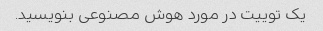
یک توییت در مورد هوش مصنوعی بنویسید.